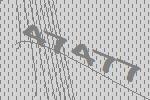
47477